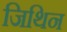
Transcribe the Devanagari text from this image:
जिथिन